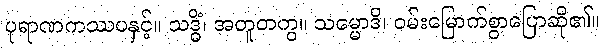
ပုရာဏကဿပနှင့်။ သဒ္ဓိံ၊ အတူတကွ။ သမ္မောဒိ၊ ဝမ်းမြောက်စွာပြောဆို၏။